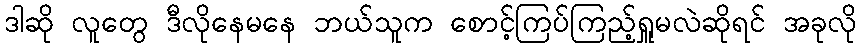
ဒါဆို လူတွေ ဒီလိုနေမနေ ဘယ်သူက စောင့်ကြပ်ကြည့်ရှူမလဲဆိုရင် အခုလို